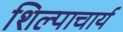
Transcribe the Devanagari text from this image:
शिल्पाचार्य